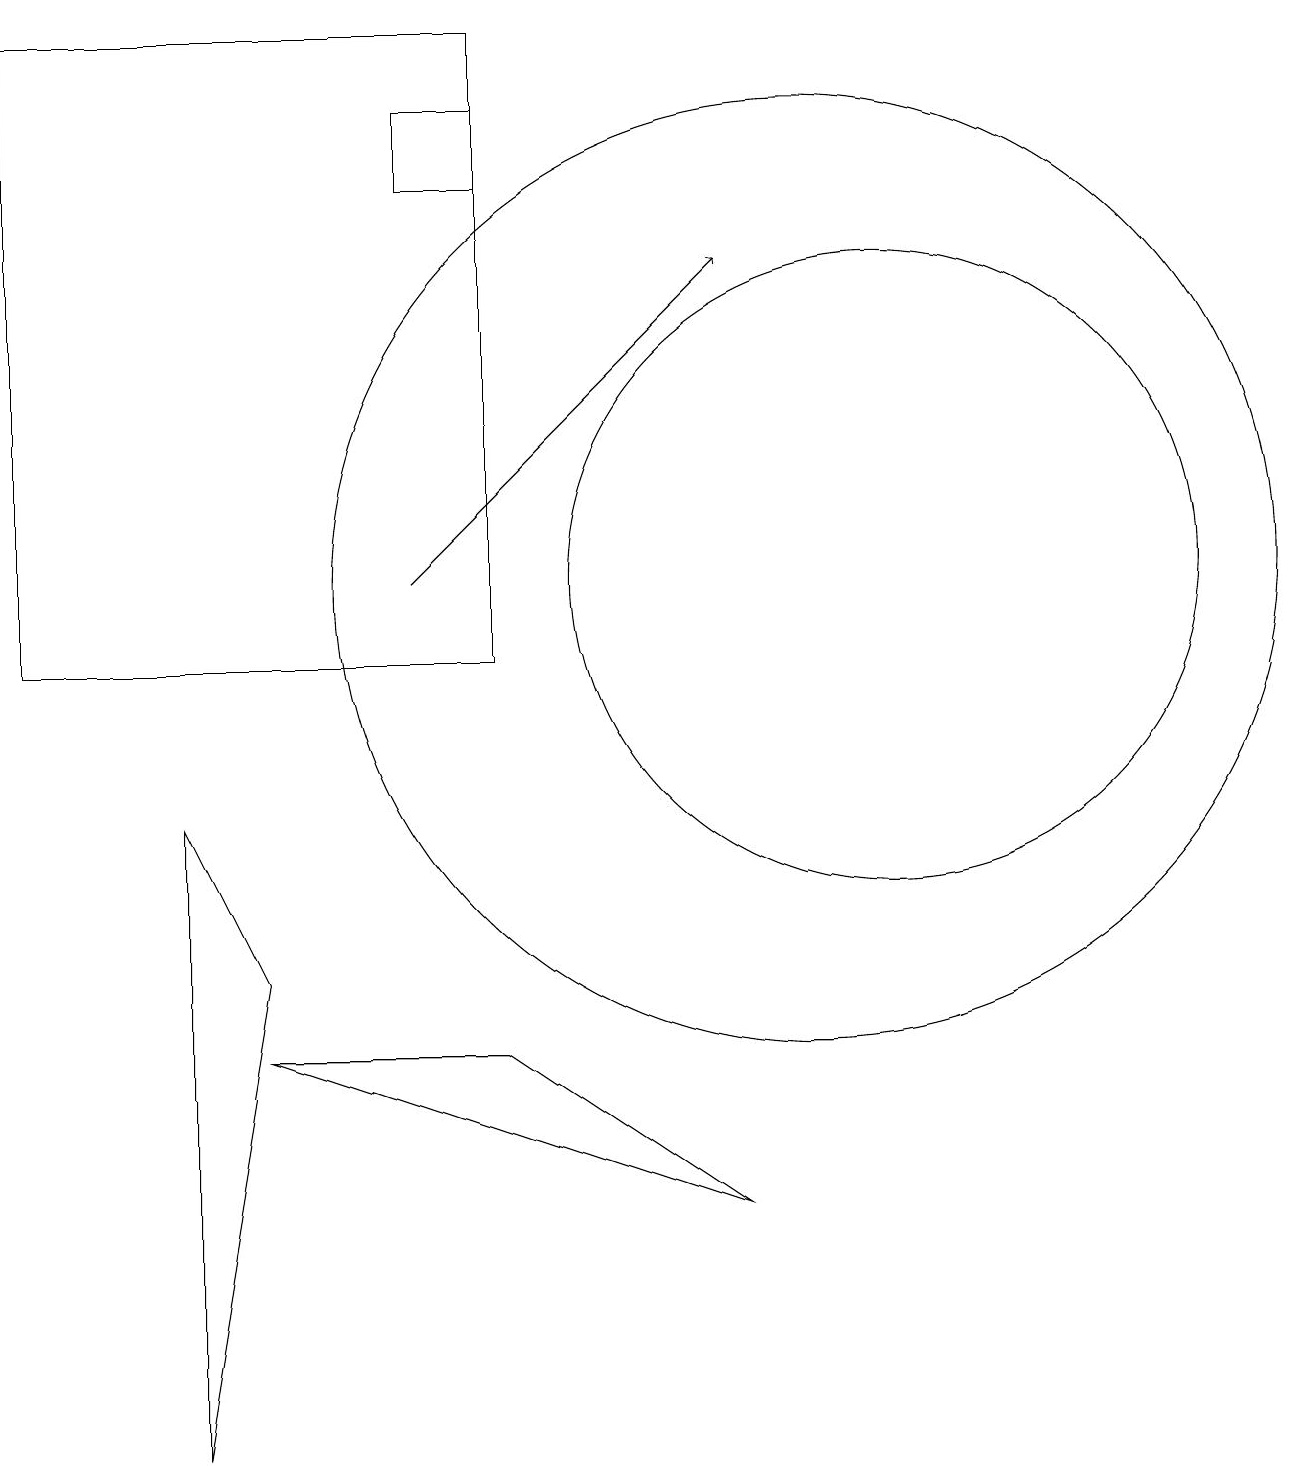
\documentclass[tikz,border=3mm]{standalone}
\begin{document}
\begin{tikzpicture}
\draw (9,3) -- (3,5) -- (6,5) -- cycle;
\draw (11,11) circle (4);
\draw (6,16) rectangle (5,17);
\draw (6,18) rectangle (0,10);
\draw[->] (5,11) -- (9,15);
\draw (10,11) circle (6);
\draw (3,6) -- (2,0) -- (2,8) -- cycle;
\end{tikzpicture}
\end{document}